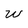
Character: W